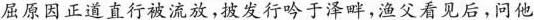
屈原因正道直行被流放，披发行吟于泽畔，渔父看见后，问他